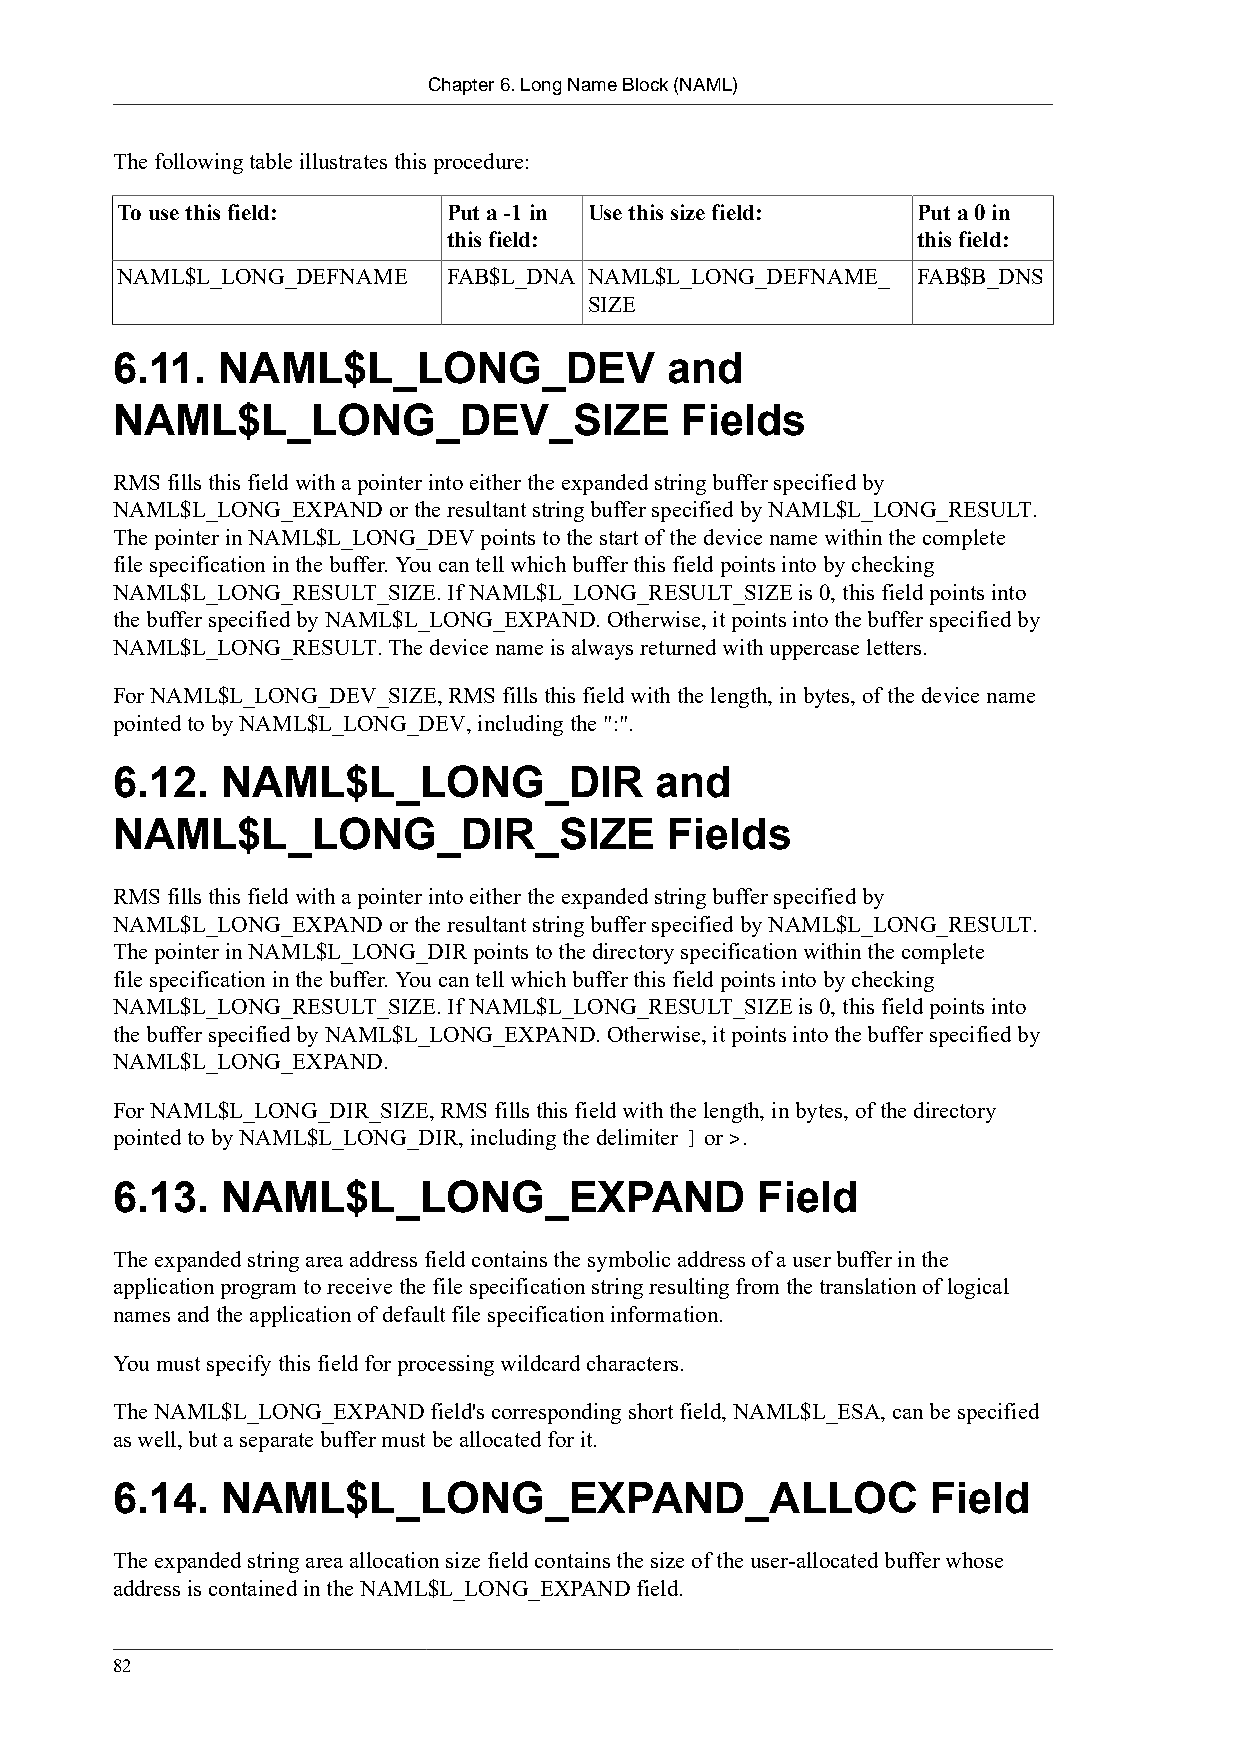
Chapter 6. Long Name Block (NAML)
 The following table illustrates this procedure:
 To use this field:    Put a -1 in Use this size field: Put a 0 in
 this field:                    this field:
 NAML$L_LONG_DEFNAME   FAB$L_DNA NAML$L_LONG_DEFNAME_ FAB$B_DNS
 SIZE
 6.11.  NAML$L_LONG_DEV               and
 NAML$L_LONG_DEV_SIZE                  Fields
 RMS fills this field with a pointer into either the expanded string buffer specified by
 NAML$L_LONG_EXPAND or the resultant string buffer specified by NAML$L_LONG_RESULT.
 The pointer in NAML$L_LONG_DEV points to the start of the device name within the complete
 file specification in the buffer. You can tell which buffer this field points into by checking
 NAML$L_LONG_RESULT_SIZE. If NAML$L_LONG_RESULT_SIZE is 0, this field points into
 the buffer specified by NAML$L_LONG_EXPAND. Otherwise, it points into the buffer specified by
 NAML$L_LONG_RESULT. The device name is always returned with uppercase letters.
 For NAML$L_LONG_DEV_SIZE, RMS fills this field with the length, in bytes, of the device name
 pointed to by NAML$L_LONG_DEV, including the ":".
 6.12.   NAML$L_LONG_DIR             and
 NAML$L_LONG_DIR_SIZE                 Fields
 RMS fills this field with a pointer into either the expanded string buffer specified by
 NAML$L_LONG_EXPAND or the resultant string buffer specified by NAML$L_LONG_RESULT.
 The pointer in NAML$L_LONG_DIR points to the directory specification within the complete
 file specification in the buffer. You can tell which buffer this field points into by checking
 NAML$L_LONG_RESULT_SIZE. If NAML$L_LONG_RESULT_SIZE is 0, this field points into
 the buffer specified by NAML$L_LONG_EXPAND. Otherwise, it points into the buffer specified by
 NAML$L_LONG_EXPAND.
 For NAML$L_LONG_DIR_SIZE, RMS fills this field with the length, in bytes, of the directory
 pointed to by NAML$L_LONG_DIR, including the delimiter ] or >.
 6.13.   NAML$L_LONG_EXPAND                 Field
 The expanded string area address field contains the symbolic address of a user buffer in the
 application program to receive the file specification string resulting from the translation of logical
 names and the application of default file specification information.
 You must specify this field for processing wildcard characters.
 The NAML$L_LONG_EXPAND field's corresponding short field, NAML$L_ESA, can be specified
 as well, but a separate buffer must be allocated for it.
 6.14.   NAML$L_LONG_EXPAND_ALLOC                       Field
 The expanded string area allocation size field contains the size of the user-allocated buffer whose
 address is contained in the NAML$L_LONG_EXPAND field.
 82